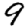
Digit: 9